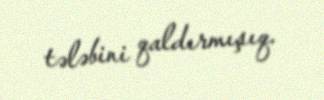
tələbini qaldırmışıq.